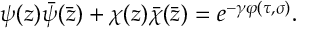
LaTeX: \psi ( z ) \bar { \psi } ( \bar { z } ) + \chi ( z ) \bar { \chi } ( \bar { z } ) = e ^ { - \gamma \varphi ( \tau , \sigma ) } .